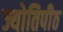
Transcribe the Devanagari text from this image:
ज्योतिपीठ